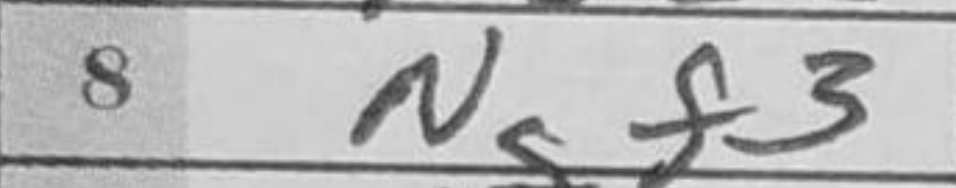
Transcription: Ngf3